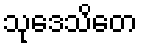
သုဒေသိတေ